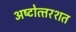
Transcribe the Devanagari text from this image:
अष्‍टोत्‍तरशत